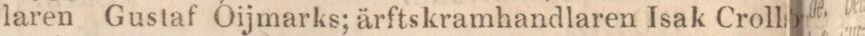
laren Gustaf Öijmarks; ärftskramhandlaren Isak Croll